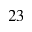
2 3